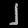
Digit: ၂